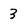
Character: 3